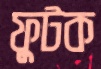
ফুটক